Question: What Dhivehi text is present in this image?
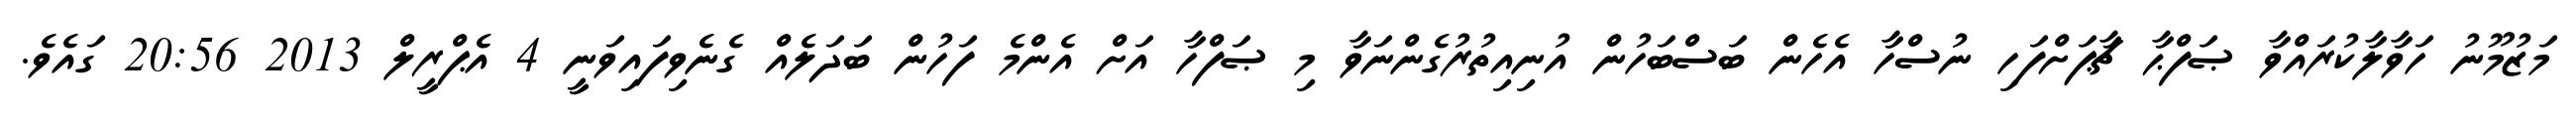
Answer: މަޒުމޫނު ހަވާލާކުރައްވާ ޞަފްޙާ ޗާޕަށްފަހި ނުސްހާ އެހެން ބަސްބަހުން އުނިއިތުރުގެންނަވާ މި ޞަފްހާ އަށް އެންމެ ފަހުން ބަދަލެއް ގެނެވިފައިވަނީ 4 އެޕްރީލް 2013 20:56 ގައެވެ.